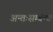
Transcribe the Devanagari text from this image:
अन्तःसम्बन्ध